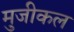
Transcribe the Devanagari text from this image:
मुजीकल